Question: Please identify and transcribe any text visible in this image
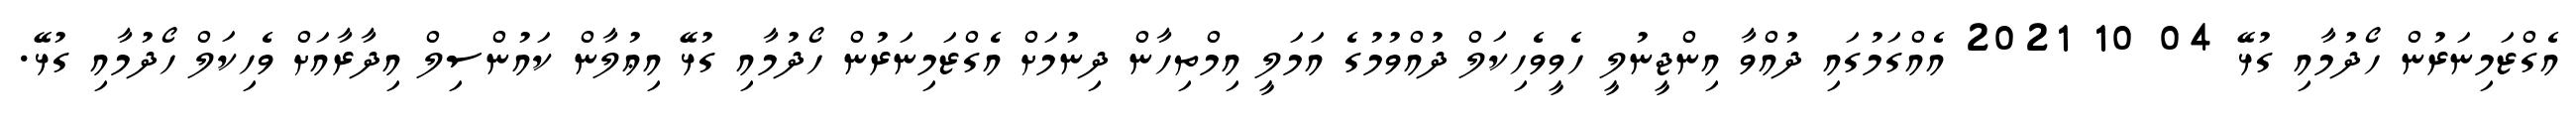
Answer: އެގްޒަމިނަރުން ހޯދުމާއި ގުޅޭ 04 10 2021 އެއްގަމުގައި ދުއްވާ އިންޖީނުލީ ހެވީވެހިކަލް ދުއްވުމުގެ އަމަލީ އިމްތިހާން ދިނުމަށް އެގްޒަމިނަރުން ހޯދުމާއި ގުޅޭ އިޢުލާން ކައުންސިލް އިދާރާއަށް ވެހިކަލް ހޯދުމާއި ގުޅޭ.